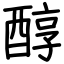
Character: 醇